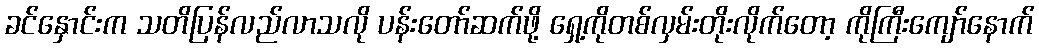
ခင်နှောင်းက သတိပြန်လည်လာသလို ပန်းတော်ဆက်ဖို့ ရှေ့ကိုတစ်လှမ်းတိုးလိုက်တော့ ကိုကြီးကျော်နောက်